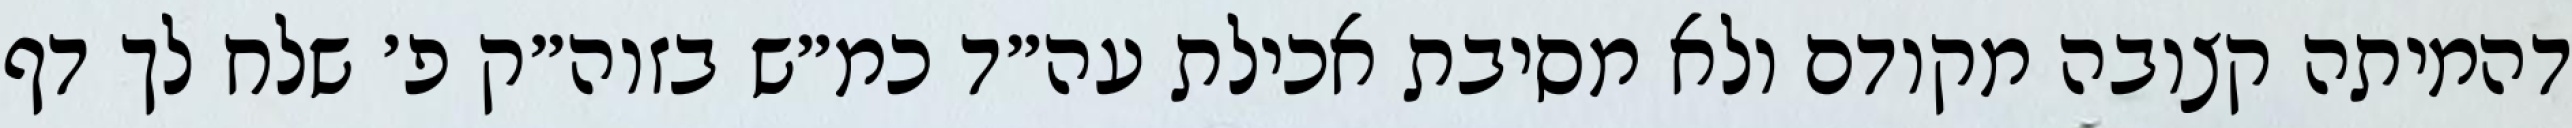
דהמיתה קצובה מקודם ולא מסיבת אכילת עה״ד כמ״ש בזוה״ק פ׳ שלח לך דף